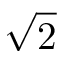
\sqrt { 2 }